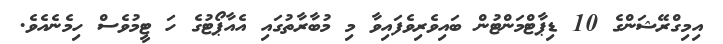
އިމިގްރޭޝަންގެ 10 ޑިޕާޓްމަންޓުން ބައިވެރިވެފައިވާ މި މުބާރާތުގައި އެއާޕޯޓުގެ ހަ ޓީމުވެސް ހިމެނެއެވެ.